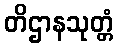
တိဌာနသုတ္တံ